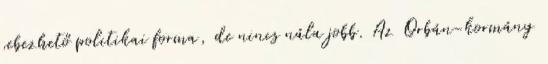
sebezhető politikai forma, de nincs nála jobb. Az Orbán-kormány